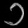
Digit: ၁